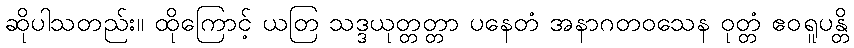
ဆိုပါသတည်း။ ထိုကြောင့် ယတြ သဒ္ဒယုတ္တတ္တာ ပနေတံ အနာဂတဝသေန ဝုတ္တံ ဧဝရူပန္တိ